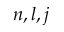
n , l , j